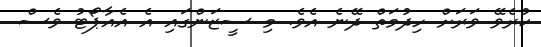
ކުރެވޭ ވަރަށް ހިދުމަތް ދޭނެ އެވެ. މި ސީޒަންގައި އެ އެއާޕޯޓު ވެސް